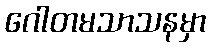
ဂေါတမသာသနမှာ